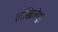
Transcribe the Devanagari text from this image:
लखिलेहु।